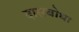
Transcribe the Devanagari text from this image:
दासबोधा